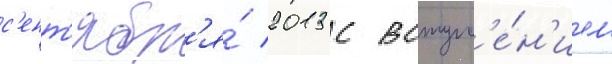
с'ент'ябр'я́ 2013 с вступл'е́н'ием